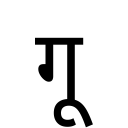
OCR:
गू